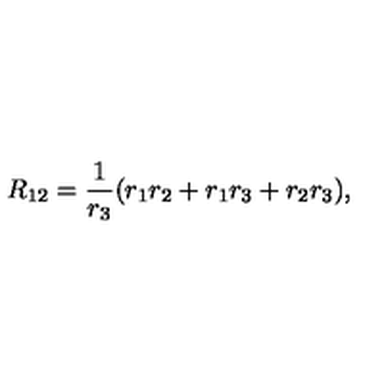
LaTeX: R _ { 1 2 } = { \frac { 1 } { r _ { 3 } } } ( { r _ { 1 } r _ { 2 } + r _ { 1 } r _ { 3 } + r _ { 2 } r _ { 3 } } ) ,